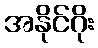
အနိုင်ဂိုး